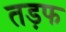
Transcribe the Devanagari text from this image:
तड़फ